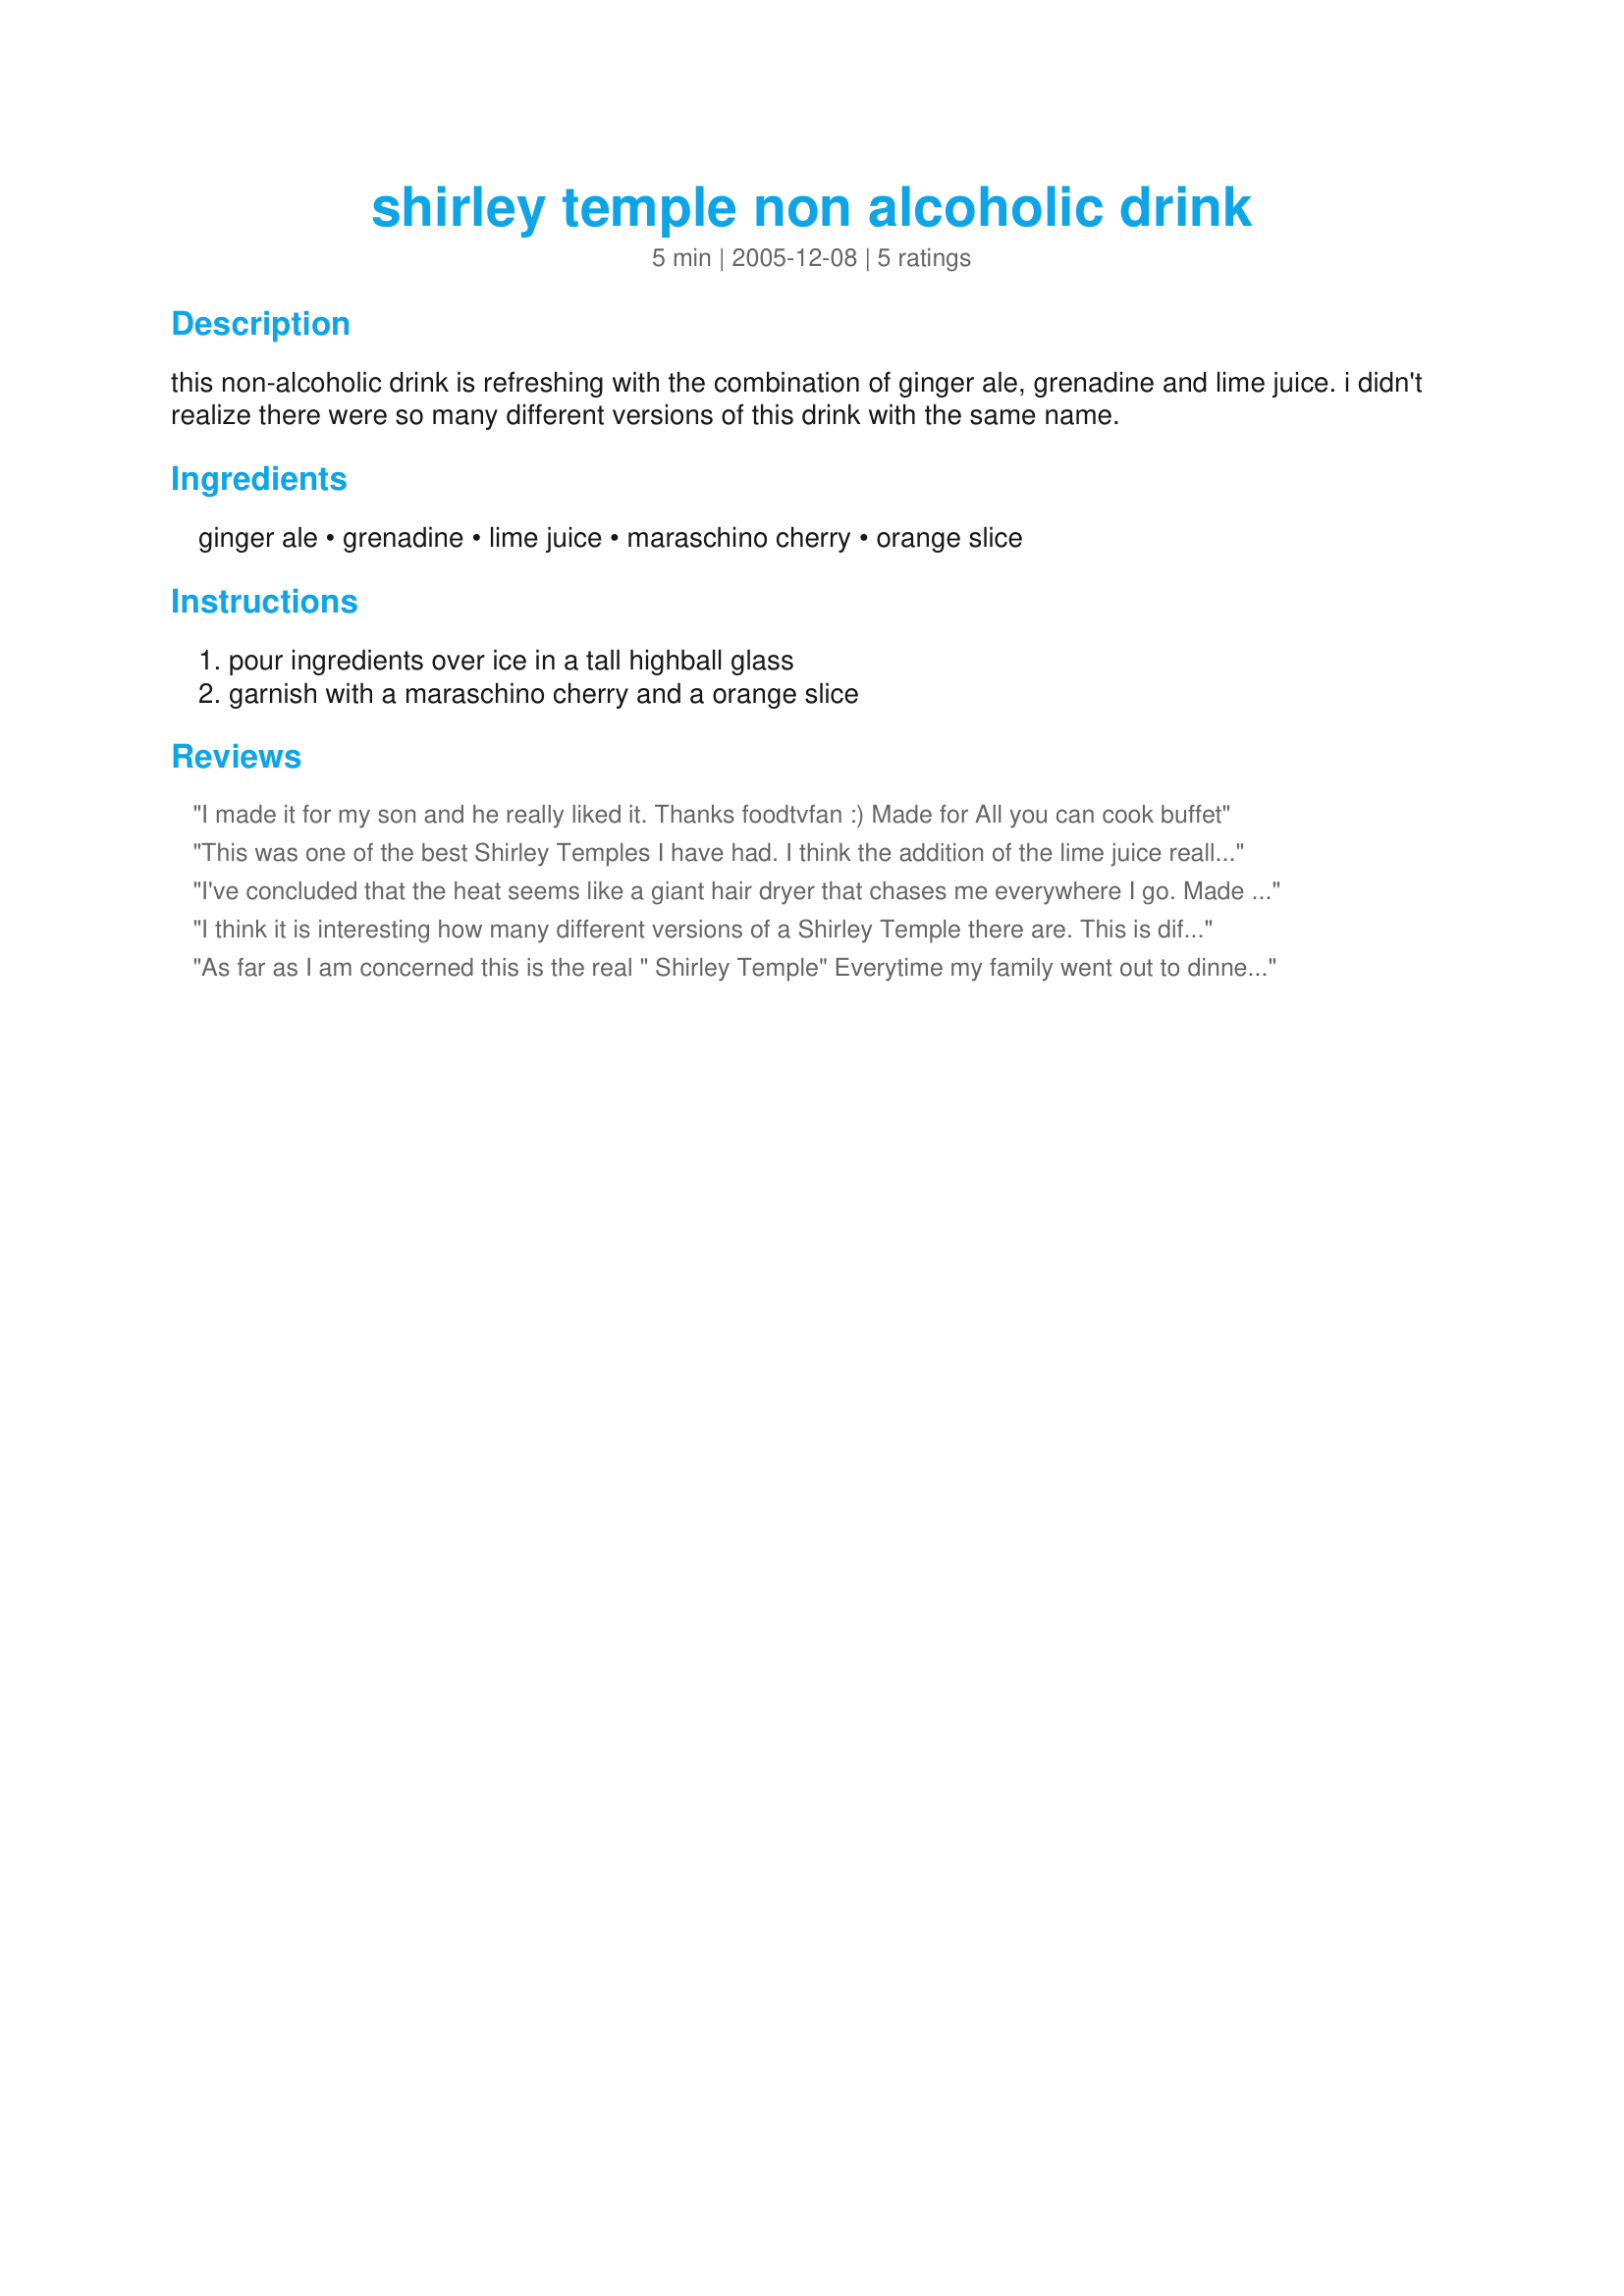
shirley temple non alcoholic drink
Preparation time: 5 minutes

this non-alcoholic drink is refreshing with the combination of ginger ale, grenadine and lime juice. i didn't realize there were so many different versions of this drink with the same name.

Ingredients:
ginger ale, grenadine, lime juice, maraschino cherry, orange slice

Steps:
pour ingredients over ice in a tall highball glass, garnish with a maraschino cherry and a orange slice

Reviews:
I made it for my son and he really liked it. Thanks foodtvfan :) Made for All you can cook buffet
This was one of the best Shirley Temples I have had. I think the addition of the lime juice really added to the flavor. 

Thanks foodtvfan.

Bullwinkle.
I've concluded that the heat seems like a giant hair dryer that chases me everywhere I go. Made this refresher with the grandbabes much to their delight. So nowwwwww, are we gonna call for pizza or what? Who wants pizza? Made for PRMR.
I think it is interesting how many different versions of a Shirley Temple there are. This is different then the type that I remember having as a child which I am certain had some sort of cola involved. This was a very nice and refreshing version. The lime juice stopped it from being too sweet. Made for Alphabet Soup Tag.
As far as I am concerned this is the real " Shirley Temple" Everytime my family went out to dinner from age 8-18 this was my drink! You should call this recipe The Authentic Shirley Temple. Oh, and it's okay to ask for extra cherries.
